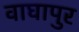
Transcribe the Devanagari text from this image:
वाघापुर